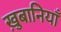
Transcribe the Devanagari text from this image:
ख़ुबानियाँ